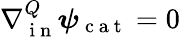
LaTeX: \nabla{}_{\mathrm{~i~n~}}^{Q}\boldsymbol\psi_{\mathrm{~c~a~t~}}=0